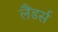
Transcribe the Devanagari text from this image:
लैंडर्स